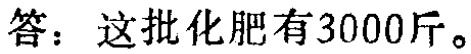
答：这批化肥有3000斤。